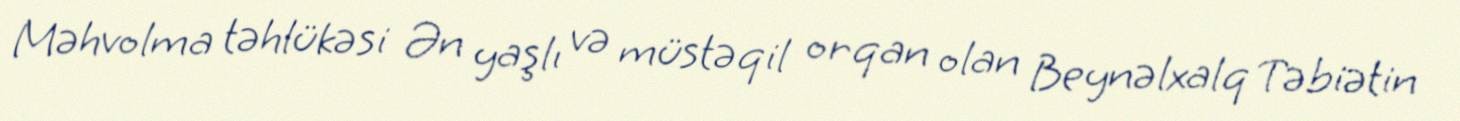
Məhvolma təhlükəsi Ən yaşlı və müstəqil orqan olan Beynəlxalq Təbiətin